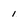
Character: 1